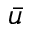
\bar { u }